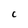
Character: C